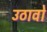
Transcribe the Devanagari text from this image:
उठावो